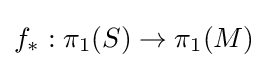
f_{*}:\pi _{1}(S)\to \pi _{1}(M)